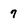
Character: 7